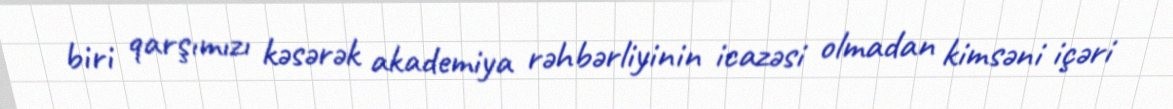
biri qarşımızı kəsərək akademiya rəhbərliyinin icazəsi olmadan kimsəni içəri